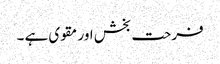
فرحت بخش اور مقوی ہے ۔